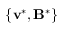
\{ \mathbf { v } ^ { * } , \mathbf { B } ^ { * } \}